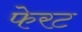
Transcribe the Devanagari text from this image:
फेरट